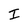
Character: I